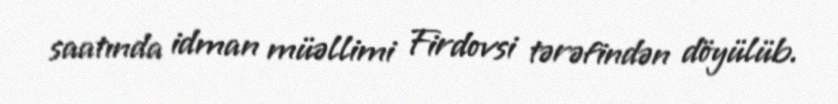
saatında idman müəllimi Firdovsi tərəfindən döyülüb.